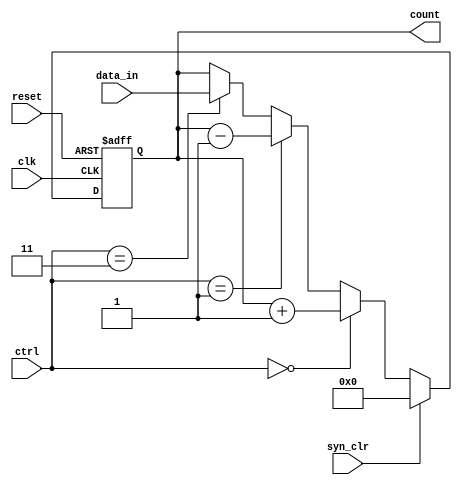
/* desc: A universal binary counter is more versatile. It can count up
or down, pause, be loaded with a specific value, or be synchronously cleared. */
module uni_counter
#(parameter N = 8)
(
    input wire clk, reset, syn_clr,
    input wire [1:0] ctrl,
    input wire [N-1:0] data_in,
    output wire [N-1:0] count
);
//params
localparam COUNT_UP = 2'b00, COUNT_DOWN = 2'b01, PAUSE = 2'b10, LOAD = 2'b11;
//signals
reg [N-1:0] r_contents;
wire [N-1:0] r_next;

//register
always @(posedge clk or posedge reset)
    begin
        if(reset) r_contents = {N{1'b0}};
        else if(syn_clr) r_contents = {N{1'b0}};
        else r_contents = r_next;
    end

//next state logic
assign r_next = (ctrl==COUNT_UP) ? r_contents + 1 :
                (ctrl==COUNT_DOWN) ? r_contents - 1 :
                (ctrl==LOAD) ? data_in :
                (ctrl==PAUSE) ? r_contents :
                r_contents;

//output logic
assign count = r_contents;

endmodule